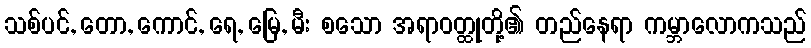
သစ်ပင်, တော, ကောင်, ရေ, မြေ, မီး စသော အရာဝတ္ထုတို့၏ တည်နေရာ ကမ္ဘာလောကသည်